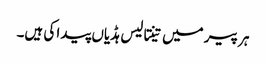
ہر پیر میں تینتالیس ہڈیاں پیدا کی ہیں۔